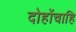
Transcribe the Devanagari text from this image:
दोहोंचाहि